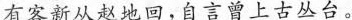
有客新从赵地回，自言曾上古丛台。